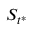
S _ { t ^ { * } }